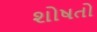
શોષતો